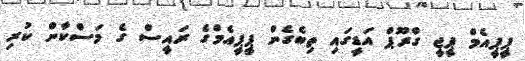
ޕީޕީއެމް ޕީޖީ ގްރޫޕް އަޑީގައި ތިބެގެން ޕީޕީއެމްގެ ރައީސް ގެ މަސްކާން ކުރި